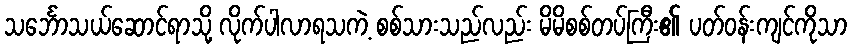
သင်္ဘောသယ်ဆောင်ရာသို့ လိုက်ပါလာရသကဲ့ စစ်သားသည်လည်း မိမိစစ်တပ်ကြီး၏ ပတ်ဝန်းကျင်ကိုသာ